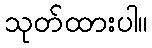
သုတ်ထားပါ။